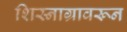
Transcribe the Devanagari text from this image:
शिस्नाग्रावरून